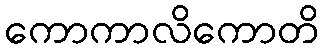
ကောကာလိကောတိ